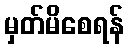
မှတ်မိစေရန်